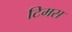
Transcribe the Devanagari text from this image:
टिमस